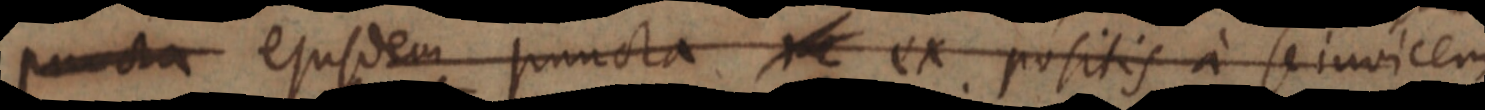
puncta ejusdem puncta re ex positis a se invicem